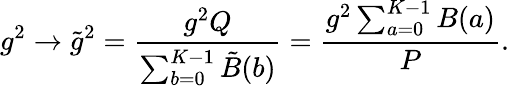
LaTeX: g^{2}\rightarrow\tilde{g}^{2}={\frac{g^{2}Q}{\sum_{b=0}^{K-1}\tilde{B}(b)}}={\frac{g^{2}\sum_{a=0}^{K-1}B(a)}{P}}.